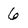
Character: 6